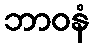
ဘာဝနံ